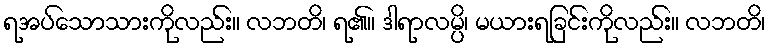
ရအပ်သောသားကိုလည်း။ လဘတိ၊ ရ၏။ ဒါရာလမ္ပိ၊ မယားရခြင်းကိုလည်း။ လဘတိ၊